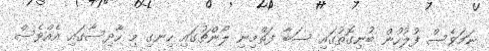
ނަމަވެސް ފުލުހުން ބުނިގޮތުގައި ސަބާ ފަތްމިނި ލޯންޗުގައި ހިނގި މި ހާދިސާގައި އެއްވެސް